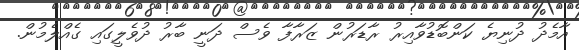
އާމެދު ދުނިޔެ ކަންބޮޑުވާއިރު ރާޑަރުން ޒަރާފާ ވެސް ދަނީ ބާރު ދުވެލީގައި ގެއްލެމުން.